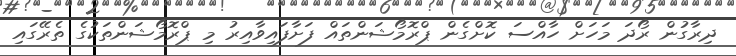
ދިރާގުން ރޯދަ މަހަށް ހާއްސަ ކޮށްގެން ޕްރޮމޯޝަންތައް ފަށާފައިވާއިރު މި ޕްރޮމޯޝަންތަކުގެ ތެރޭގައި